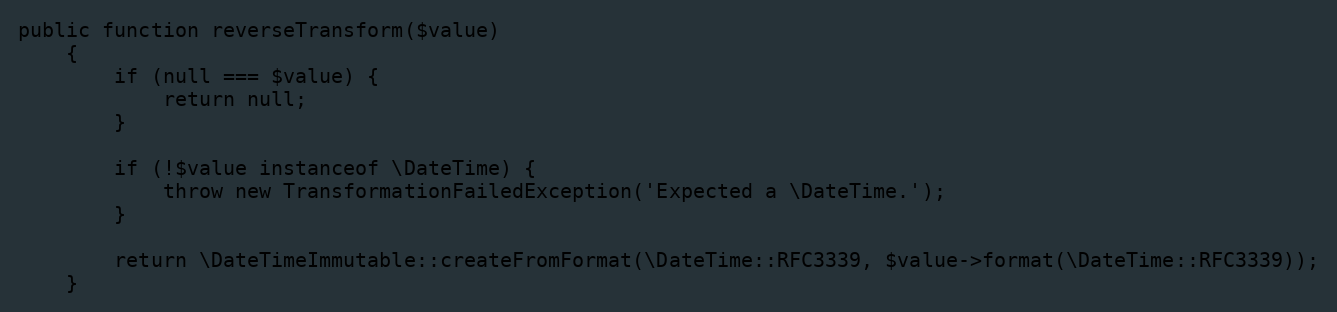
Language: PHP
public function reverseTransform($value)
    {
        if (null === $value) {
            return null;
        }

        if (!$value instanceof \DateTime) {
            throw new TransformationFailedException('Expected a \DateTime.');
        }

        return \DateTimeImmutable::createFromFormat(\DateTime::RFC3339, $value->format(\DateTime::RFC3339));
    }